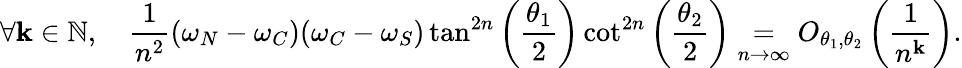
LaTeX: \forall\mathbf{k}\in\mathbb{{N}},\quad\frac{{1}}{{n^{2}}}(\omega_{N}-\omega_{C})(\omega_{C}-\omega_{S})\tan^{2n}\left(\frac{{\theta_{1}}}{{2}}\right)\cot^{2n}\left(\frac{{\theta_{2}}}{{2}}\right)\underset{n\to\infty}{=}O_{\theta_{1},\theta_{2}}\left(\frac{{1}}{{n^{\mathbf{k}}}}\right).